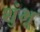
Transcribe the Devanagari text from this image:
शुंभू